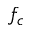
f _ { c }